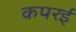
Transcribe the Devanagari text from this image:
कपरई